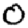
Digit: 0